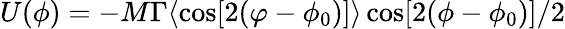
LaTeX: U(\phi)=-M\Gamma\langle\cos[2(\varphi-\phi_{0})]\rangle\cos[2(\phi-\phi_{0})]/2